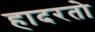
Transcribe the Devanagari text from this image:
हादरतो